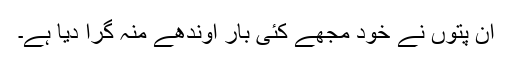
ان پتوں نے خود مجھے کئی بار اوندھے منہ گرا دیا ہے۔